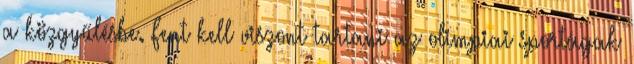
a közgyűlésbe. Fent kell viszont tartani az olimpiai sportágak